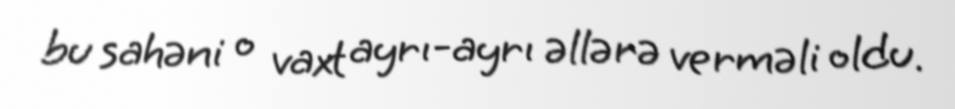
bu sahəni o vaxt ayrı-ayrı əllərə verməli oldu.